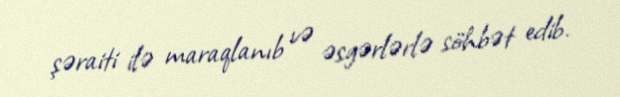
şəraiti ilə maraqlanıb və əsgərlərlə söhbət edib.